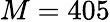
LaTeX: M=405